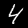
Digit: 4